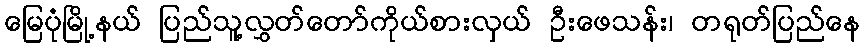
မြေပုံမြို့နယ် ပြည်သူ့လွှတ်တော်ကိုယ်စားလှယ် ဦးဖေသန်း၊ တရုတ်ပြည်နေ